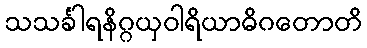
သသင်္ခါရနိဂ္ဂယှဝါရိယာဓိဂတောတိ